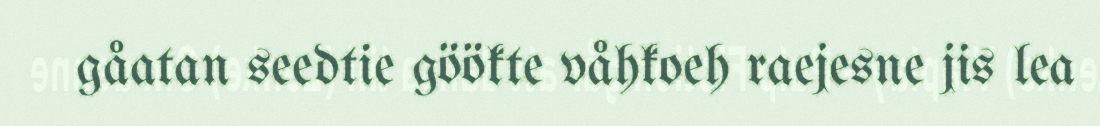
gåatan seedtie göökte våhkoeh raejesne jis lea